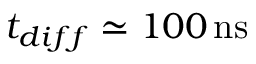
t _ { d i f f } \simeq 1 0 0 \, \mathrm { n s }